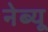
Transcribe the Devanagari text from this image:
नेब्यू